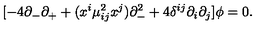
[ - 4 \partial _ { - } \partial _ { + } + ( x ^ { i } \mu _ { i j } ^ { 2 } x ^ { j } ) \partial _ { - } ^ { 2 } + 4 \delta ^ { i j } \partial _ { i } \partial _ { j } ] \phi = 0 .